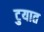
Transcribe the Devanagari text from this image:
टुयात